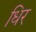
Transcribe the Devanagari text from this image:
धिर